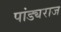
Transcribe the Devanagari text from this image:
पांड्यराज